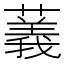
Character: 䕏